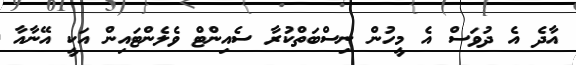
އާދެ އެ ދުވަސް އެ މީހުން ނިސްބަތްކުރާ ސެއިންޓް ވެލެންޓައިން އަކީ އޭނާއާ